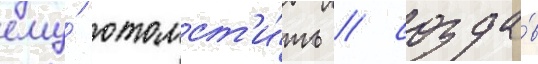
ему́ отомст'и́ть / созда́в